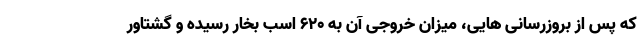
که پس از بروزرسانی هایی، میزان خروجی آن به 620 اسب بخار رسیده و گشتاور